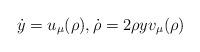
LaTeX: \begin{align*}\dot{y}=u_\mu(\rho), \dot{\rho}=2\rho yv_\mu(\rho)\end{align*}